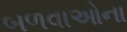
બળવાઓના